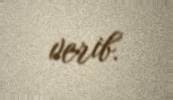
verib.